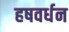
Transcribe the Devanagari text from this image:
हषवर्धन